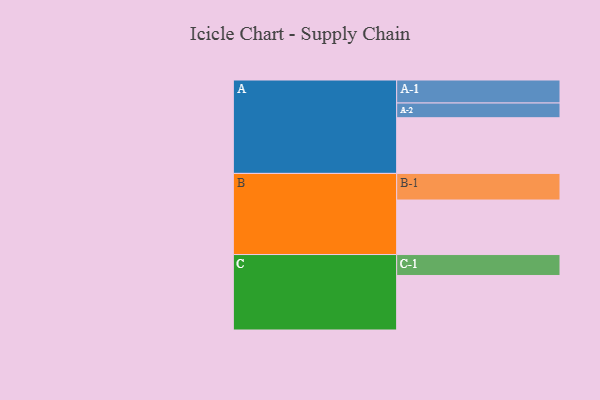
{"axis": {"x": "Segment", "y": "Value"}, "legend": ["", "A", "B", "C"], "data": [{"x": "A", "y": 571, "type": ""}, {"x": "B", "y": 559, "type": ""}, {"x": "C", "y": 559, "type": ""}, {"x": "A-1", "y": 236, "type": "A"}, {"x": "A-2", "y": 151, "type": "A"}, {"x": "B-1", "y": 273, "type": "B"}, {"x": "C-1", "y": 215, "type": "C"}]}